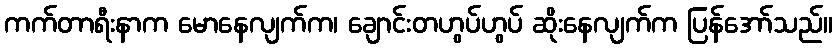
ကက်တာရီးနာက မောနေလျက်က၊ ချောင်းတဟွပ်ဟွပ် ဆိုးနေလျက်က ပြန်အော်သည်။